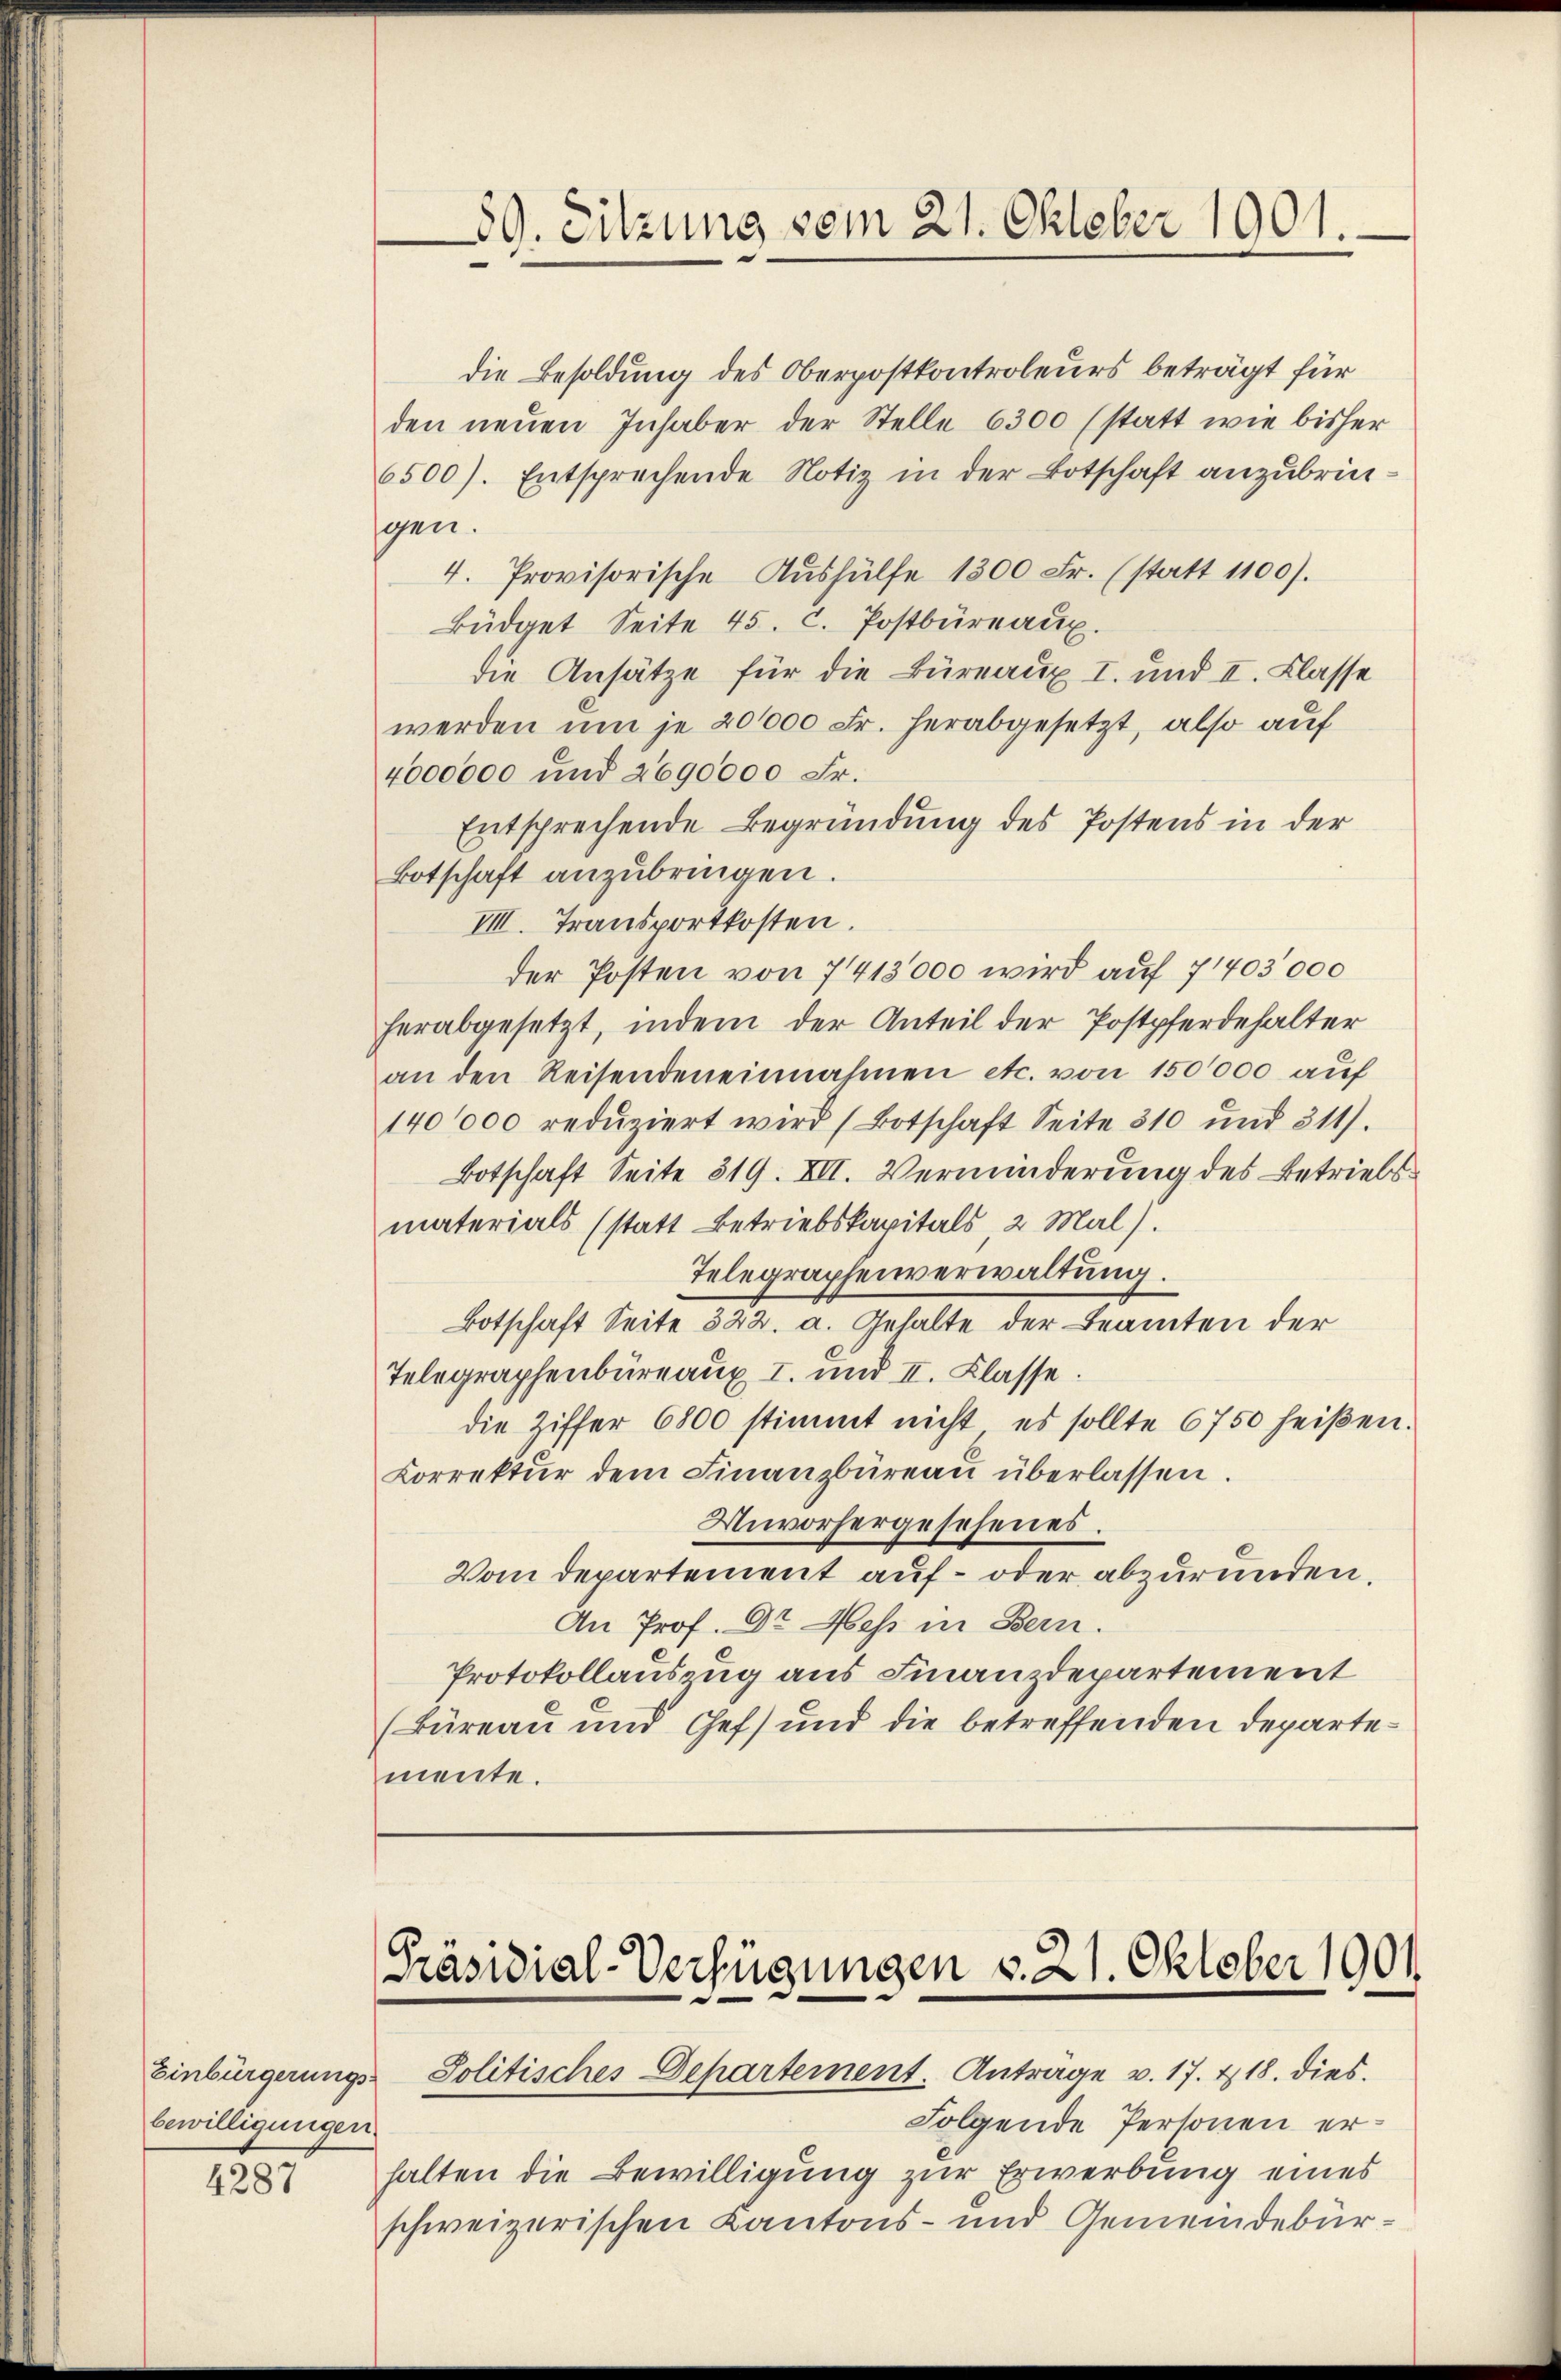
Einbürgerungs-
bewilligungen.

59. Sitzung vom 21. Oktober 1901.

die Besoldung des Oberpostkontroleurs beträgt für
den neuen Inhaber der Stelle 6300 (statt wie bisher
6500). Entsprechende Notiz in der Botschaft anzubringen.
4. Provisorische Aŭshülfe 1300 Fr. (statt 1100).
Büdget Seite 45. C. Postbüreaux.
die Ansätze für die Büreaux I. und II. Klasse
werden um je 201000 Fr. herabgesetzt, also auf
4000000 und 2690000 Fr.
Entsprechende Begründung des Postens in der
Botschaft anzubringen.
VIII. Transportkosten.
der Posten von 7418000 wird auf 71403,000
herabgesetzt, indem der Anteil der Postpferdehalter
an den Reisendeneinnahmen etc. von 150000 auf
140000 redŭziert wird (Botschaft Seite 310 und 311).
Botschaft Seite 519. VII. Verminderung des Betriebsmaterials (statt Betriebskapitals 2 Mal).
Telegraphenverwaltung.
Botschaft Seite 322. a. Gehalte der Beamten der
Telegraphenbüreaux I. und II. Klasse.
die Ziffer 6800 stimmt nicht, es sollte 6750 heißen.
Korrektŭr dem Finanzbüreaŭ überlassen.
Unvorhergesehenes.
Vom Departement auf- oder abzuründen,
An Prof. Dr. Hess in Bern.
Protokollauszug aus Finanzdepartement
(Büreau und Gef) und die betreffenden Departemente.

Präsidial-Verfügungen d. 21. Oktober 1901

Solitisches Departement. Antrage v. 17. 418. dies
Folgende Personen er¬
487 halten die Bewilligung zur Erwerbung eines
schweizerischen Kantons- und Gemeindebür¬